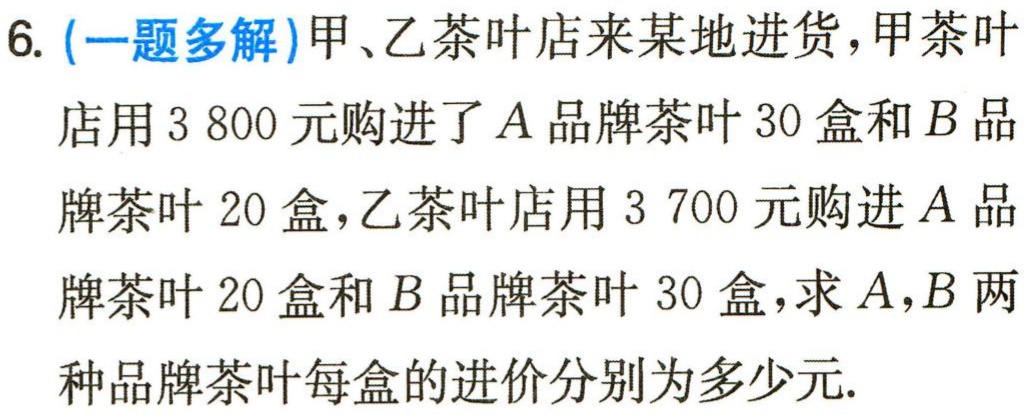
6. (一题多解)甲、乙茶叶店来某地进货，甲茶叶店用3 800元购进了\(A\)品牌茶叶30盒和\(B\)品牌茶叶20盒，乙茶叶店用3 700元购进\(A\)品牌茶叶20盒和\(B\)品牌茶叶30盒，求\(A\)，\(B\)两种品牌茶叶每盒的进价分别为多少元.